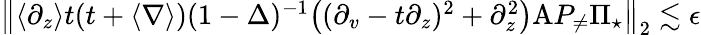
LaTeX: \begin{array}{r}{\left\| \langle\partial_{z}\rangle t(t+\langle\nabla\rangle)(1-\Delta)^{-1}\big((\partial_{v}-t\partial_{z})^{2}+\partial_{z}^{2}\big)\mathrm{A}P_{\neq}\Pi_{\star}\right\| _{2}\lesssim\epsilon}\end{array}